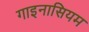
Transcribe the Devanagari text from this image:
गाइनासियम